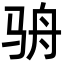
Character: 𩧳